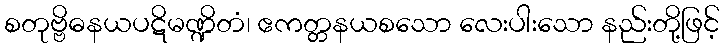
စတုဗ္ဗိဓနယပဋိမဏ္ဍိတံ၊ ဧကတ္တနယစသော လေးပါးသော နည်းတို့ဖြင့်